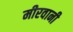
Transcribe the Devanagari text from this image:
मीरवानी